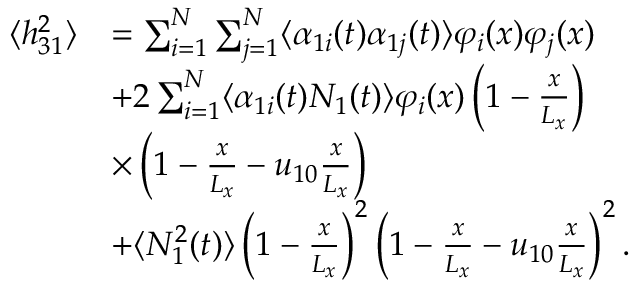
\begin{array} { r l } { \langle h _ { 3 1 } ^ { 2 } \rangle } & { = \sum _ { i = 1 } ^ { N } \sum _ { j = 1 } ^ { N } \langle \alpha _ { 1 i } ( t ) \alpha _ { 1 j } ( t ) \rangle \varphi _ { i } ( x ) \varphi _ { j } ( x ) } \\ & { + 2 \sum _ { i = 1 } ^ { N } \langle \alpha _ { 1 i } ( t ) N _ { 1 } ( t ) \rangle \varphi _ { i } ( x ) \left( 1 - \frac { x } { L _ { x } } \right) } \\ & { \times \left( 1 - \frac { x } { L _ { x } } - u _ { 1 0 } \frac { x } { L _ { x } } \right) } \\ & { + \langle N _ { 1 } ^ { 2 } ( t ) \rangle \left( 1 - \frac { x } { L _ { x } } \right) ^ { 2 } \left( 1 - \frac { x } { L _ { x } } - u _ { 1 0 } \frac { x } { L _ { x } } \right) ^ { 2 } . } \end{array}